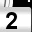
Digit: 2